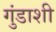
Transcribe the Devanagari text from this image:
गुंडाशी